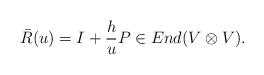
LaTeX: \begin{align*}\bar R(u)=I+\frac{h}{u}P\in End(V\otimes V).\end{align*}